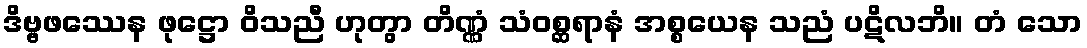
ဒိဗ္ဗဖဿေန ဖုဋ္ဌော ဝိသညီ ဟုတွာ တိဏ္ဏံ သံဝစ္ဆရာနံ အစ္စယေန သညံ ပဋိလဘိ။ တံ သော